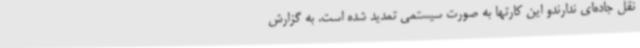
نقل جاده‌ای ندارندو این کارتها به صورت سیستمی تمدید شده است. به گزارش